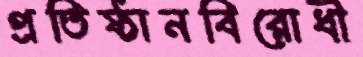
প্রতিষ্ঠানবিরোধী